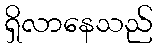
ရှိလာနေသည်